Annual administration report of the Civil Veterinary Department of India - 1894-1895
Year: 1894
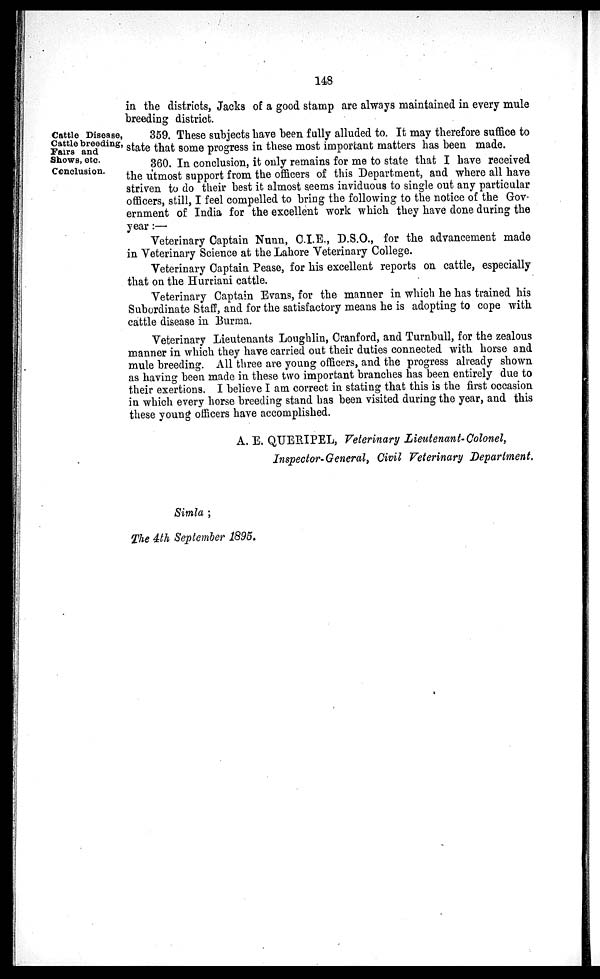
148
in the districts, Jacks of a good stamp are always maintained in every mule
breeding district.
Cattle Disease,
Cattle breeding,
Fairs and
Shows, etc.
Conclusion.
359. These subjects have been fully alluded to. It may therefore suffice to
state that some progress in these most important matters has been made.
360. In conclusion, it only remains for me to state that I have received
the utmost support from the officers of this Department, and where all have
striven to do their best it almost seems inviduous to single out any particular
officers, still, I feel compelled to bring the following to the notice of the Gov-
ernment of India for the excellent work which they have done during the
year :—
Veterinary Captain Nunn, C.I.E., D.S.O., for the advancement made
in Veterinary Science at the Lahore Veterinary College.
Veterinary Captain Pease, for his excellent reports on cattle, especially
that on the Hurriani cattle.
Veterinary Captain Evans, for the manner in which he has trained his
Subordinate Staff, and for the satisfactory means he is adopting to cope with
cattle disease in Burma.
Veterinary Lieutenants Loughlin, Cranford, and Turnbull, for the zealous
manner in which they have carried out their duties connected with horse and
mule breeding. All three are young officers, and the progress already shown
as having been made in these two important branches has been entirely due to
their exertions. I believe I am correct in stating that this is the first occasion
in which every horse breeding stand has been visited during the year, and this
these young officers have accomplished.
A. E. QUERIPEL, Veterinary Lieutenant-Colonel,
Inspector-General, Civil Veterinary Department.
Simla ;
The 4th September 1895.